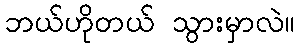
ဘယ်ဟိုတယ် သွားမှာလဲ။